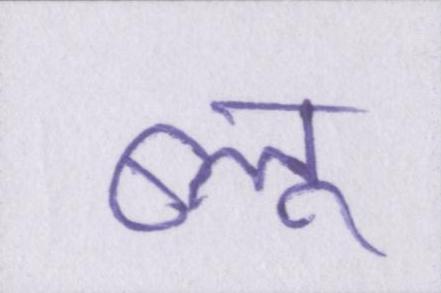
ब्लू